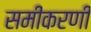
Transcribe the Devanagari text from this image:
समीकरणी